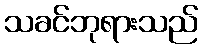
သခင်ဘုရားသည်